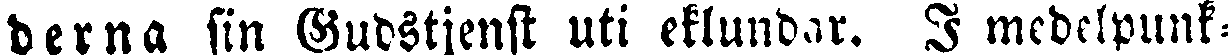
derna sin Gudstjenst uti eklundar. I medelpunk-